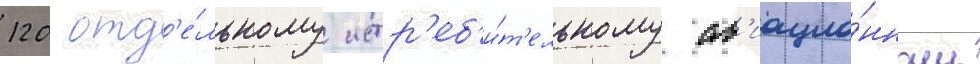
120 отд'е́льному истр'еб'и́т'ельному ав'иацио́нному